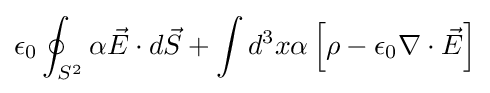
\epsilon _{0}\oint _{S^{2}}\alpha {\vec {E}}\cdot d{\vec {S}}+\int d^{3}x\alpha \left[\rho -\epsilon _{0}\nabla \cdot {\vec {E}}\right]